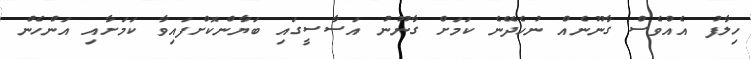
ހިލާފު އެއްވެސް ގާނޫނެއް ނުހެދޭނެ ކަމަށް ގާނޫނު އަސާސީގައި ބަޔާންކޮށްފައިވާ ކަމަށާއި އަންހެން